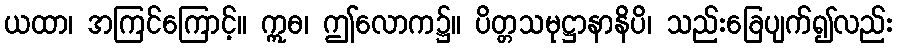
ယထာ၊ အကြင်ကြောင့်။ ဣဓ၊ ဤလောက၌။ ပိတ္တသမုဋ္ဌာနာနိပိ၊ သည်းခြေပျက်၍လည်း